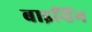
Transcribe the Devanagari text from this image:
बाइन्डिंग